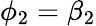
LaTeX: \phi_{2}=\beta_{2}